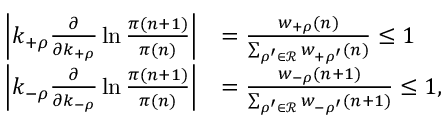
\begin{array} { r l } { \left| k _ { + \rho } \frac { \partial } { \partial k _ { + \rho } } \ln \frac { \pi ( n + 1 ) } { \pi ( n ) } \right| } & { = \frac { w _ { + \rho } ( n ) } { \sum _ { \rho ^ { \prime } \in \mathcal { R } } w _ { + \rho ^ { \prime } } ( n ) } \le 1 } \\ { \left| k _ { - \rho } \frac { \partial } { \partial k _ { - \rho } } \ln \frac { \pi ( n + 1 ) } { \pi ( n ) } \right| } & { = \frac { w _ { - \rho } ( n + 1 ) } { \sum _ { \rho ^ { \prime } \in \mathcal { R } } w _ { - \rho ^ { \prime } } ( n + 1 ) } \le 1 , } \end{array}